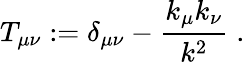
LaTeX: T_{\mu\nu}:=\delta_{\mu\nu}-\frac{k_{\mu}k_{\nu}}{k^{2}}\; .